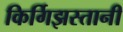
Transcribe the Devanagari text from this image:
किर्गिझस्तानी